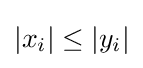
|x_{i}|\leq |y_{i}|